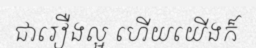
ជារឿងល្អ ហើយយើងក៏